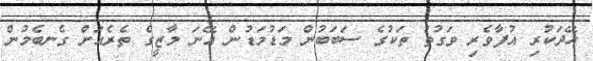
ހޭދަކުރި އުފާވެރި ވަގުތު ތަކުގެ ސަބަބުން މަޑުމަޑުން އޭނަ މާޒީގެ ތެރެއަށް ގެނބެމުން